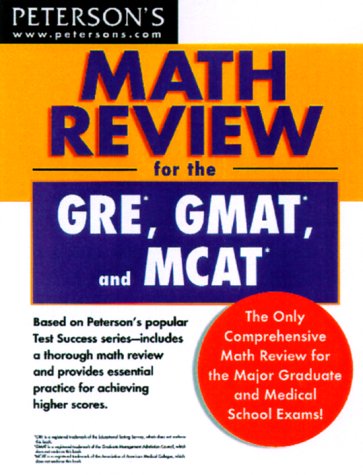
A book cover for Math Review: GRE, GMAT, MCAT 1st ed (Peterson's GRE/GMAT Math Review); Peterson's; Test Preparation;